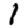
Digit: 1